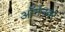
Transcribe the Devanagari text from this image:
ऑर्गनवर